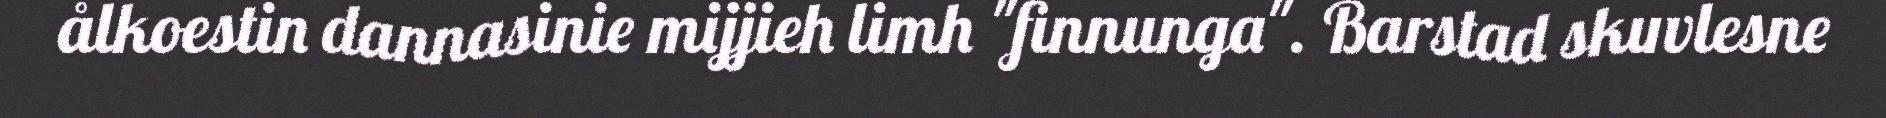
ålkoestin dannasinie mijjieh limh "finnunga". Barstad skuvlesne